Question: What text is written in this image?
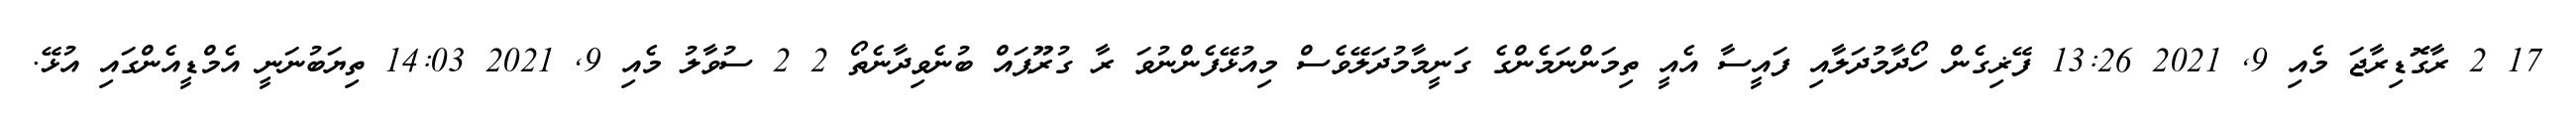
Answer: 17 2 ރާގޮޑިރާޖަ މެއި 9, 2021 13:26 ފޭޜިގެން ހޯދާމުދަލާއި ފައީސާ އެއީ ތިމަންނަމެންގެ ގަނީމާމުދަލޭވެސް މިއުޅޭފެންނުވަ ރާ ގުރޫޕައް ބުނެވިދާނެތޯ 2 2 ސުވާލު މެއި 9, 2021 14:03 ތިޔަބުނަނީ އެމްޑީއެންގައި އުޅޭ.